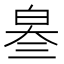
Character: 𤽫